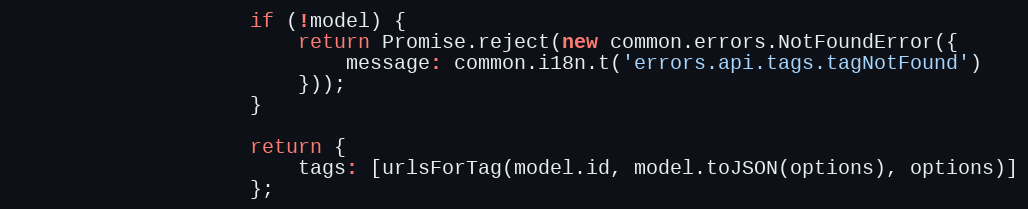
Language: JavaScript
                    if (!model) {
                        return Promise.reject(new common.errors.NotFoundError({
                            message: common.i18n.t('errors.api.tags.tagNotFound')
                        }));
                    }

                    return {
                        tags: [urlsForTag(model.id, model.toJSON(options), options)]
                    };